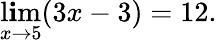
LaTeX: \operatorname*{l\mathbf{i}m}_{x\to5}(3x-3)=12.